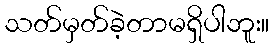
သတ်မှတ်ခဲ့တာမရှိပါဘူး။